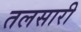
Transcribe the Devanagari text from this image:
तलसारी